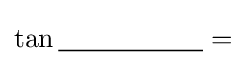
\tan {\underline {\;~~~~~~~~~~~~~~\;}}=